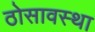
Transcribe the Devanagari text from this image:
ठोसावस्था